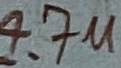
Text: 4.7u